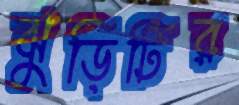
ঝুড়িটির